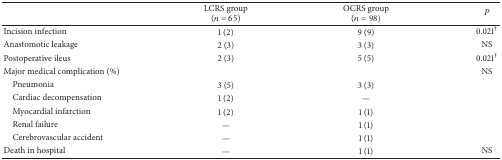
|  | LCRS group(n = 65) | OCRS group(n = 98) | P |
 | --- | --- | --- | --- |
 | Incision infection | 1 (2) | 9 (9) | 0.021† |
 | Anastomotic leakage | 2 (3) | 3 (3) | NS |
 | Postoperative ileus | 2 (3) | 5 (5) | 0.021† |
 | Major medical complication (%) |  |  | NS |
 | Pneumonia | 3 (5) | 3 (3) |  |
 | Cardiac decompensation | 1 (2) | — |  |
 | Myocardial infarction | 1 (2) | 1 (1) |  |
 | Renal failure | — | 1 (1) |  |
 | Cerebrovascular accident | — | 1 (1) |  |
 | Death in hospital | — | 1 (1) | NS |